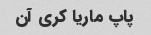
پاپ ماریا کری آن